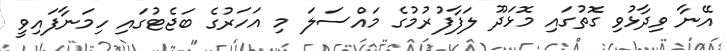
އޭނާ ވިދާޅުވި ގޮތުގައި މޮޅަދޫ ލަފާފުރުމުގެ މައްސަލަ މި އަހަރުގެ ބަޖެޓުގައި ހިމަނާފައިވީ